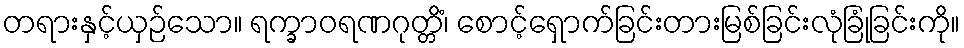
တရားနှင့်ယှဉ်သော။ ရက္ခာဝရဏဂုတ္တိံ၊ စောင့်ရှောက်ခြင်းတားမြစ်ခြင်းလုံခြုံခြင်းကို။